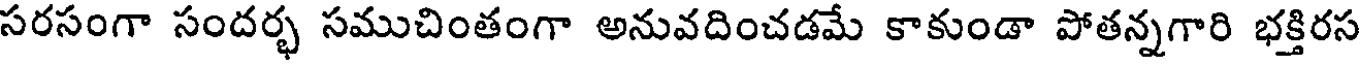
సరసంగా సందర్భ సముచింతంగా అనువదించడమే కాకుండా పోతన్నగారి భక్తిరస